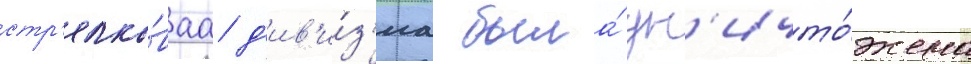
стр'елко́ваа д'ив'и́з'иа была́ ун'ичто́жена